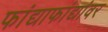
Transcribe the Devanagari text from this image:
फांद्याफांद्यांवर